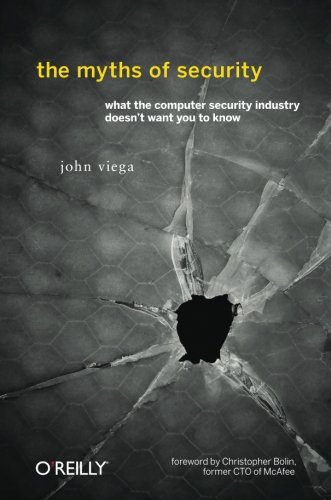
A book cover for The Myths of Security: What the Computer Security Industry Doesn't Want You to Know; John Viega; Computers & Technology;